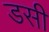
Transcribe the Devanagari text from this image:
डसी